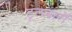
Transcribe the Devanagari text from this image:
टूलबारों